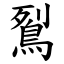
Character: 鴷